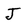
Character: J